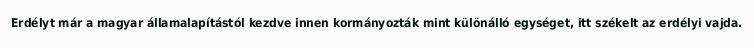
Erdélyt már a magyar államalapítástól kezdve innen kormányozták mint különálló egységet, itt székelt az erdélyi vajda.